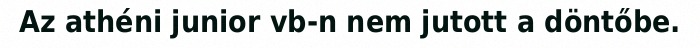
Az athéni junior vb-n nem jutott a döntőbe.